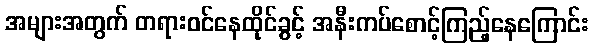
အများအတွက် တရားဝင်နေထိုင်ခွင့် အနီးကပ်စောင့်ကြည့်နေကြောင်း